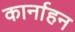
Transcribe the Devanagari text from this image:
कार्नाहन